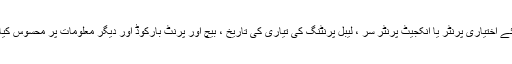
لیبلنگ کے لئے اختیاری پرنٹر یا انکجیٹ پرنٹر سر ، لیبل پرنٹنگ کی تیاری کی تاریخ ، بیچ اور پرنٹ بارکوڈ اور دیگر معلومات پر محسوس کیا جاسکتا ہے۔